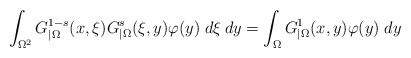
\begin{align*}\int_{\Omega^2} G^{1-s}_{|\Omega}(x,\xi)G^s_{|\Omega}(\xi,y)\varphi(y)\;d\xi\:dy= \int_\Omega G^1_{|\Omega}(x,y)\varphi(y)\; dy\end{align*}